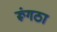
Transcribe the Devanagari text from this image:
रूंगठा